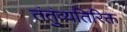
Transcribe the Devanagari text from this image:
तंतुंव्यतिरिक्त